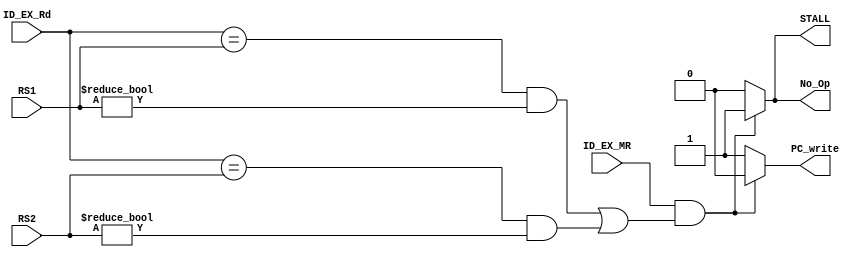
module Hazard_Detection_Unit
(
    RS1,
    RS2,
    ID_EX_Rd,
    ID_EX_MR,
    STALL,
    PC_write,
    No_Op
);

// Interface
input   [4:0]       RS1;
input   [4:0]       RS2;
input   [4:0]       ID_EX_Rd;
input               ID_EX_MR;

output              STALL;
output              PC_write;
output              No_Op;

assign  PC_write=    (ID_EX_MR==1'b1 && ((ID_EX_Rd==RS1&&RS1!=32'b0) || (ID_EX_Rd==RS2&&RS2!=32'b0)))?1'b0:1'b1;
assign  STALL=       (ID_EX_MR==1'b1 && ((ID_EX_Rd==RS1&&RS1!=32'b0) || (ID_EX_Rd==RS2&&RS2!=32'b0)))?1'b1:1'b0;
assign  No_Op=       (ID_EX_MR==1'b1 && ((ID_EX_Rd==RS1&&RS1!=32'b0) || (ID_EX_Rd==RS2&&RS2!=32'b0)))?1'b1:1'b0;
endmodule